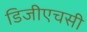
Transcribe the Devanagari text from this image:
डिजीएचसी